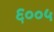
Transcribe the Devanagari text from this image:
६००५